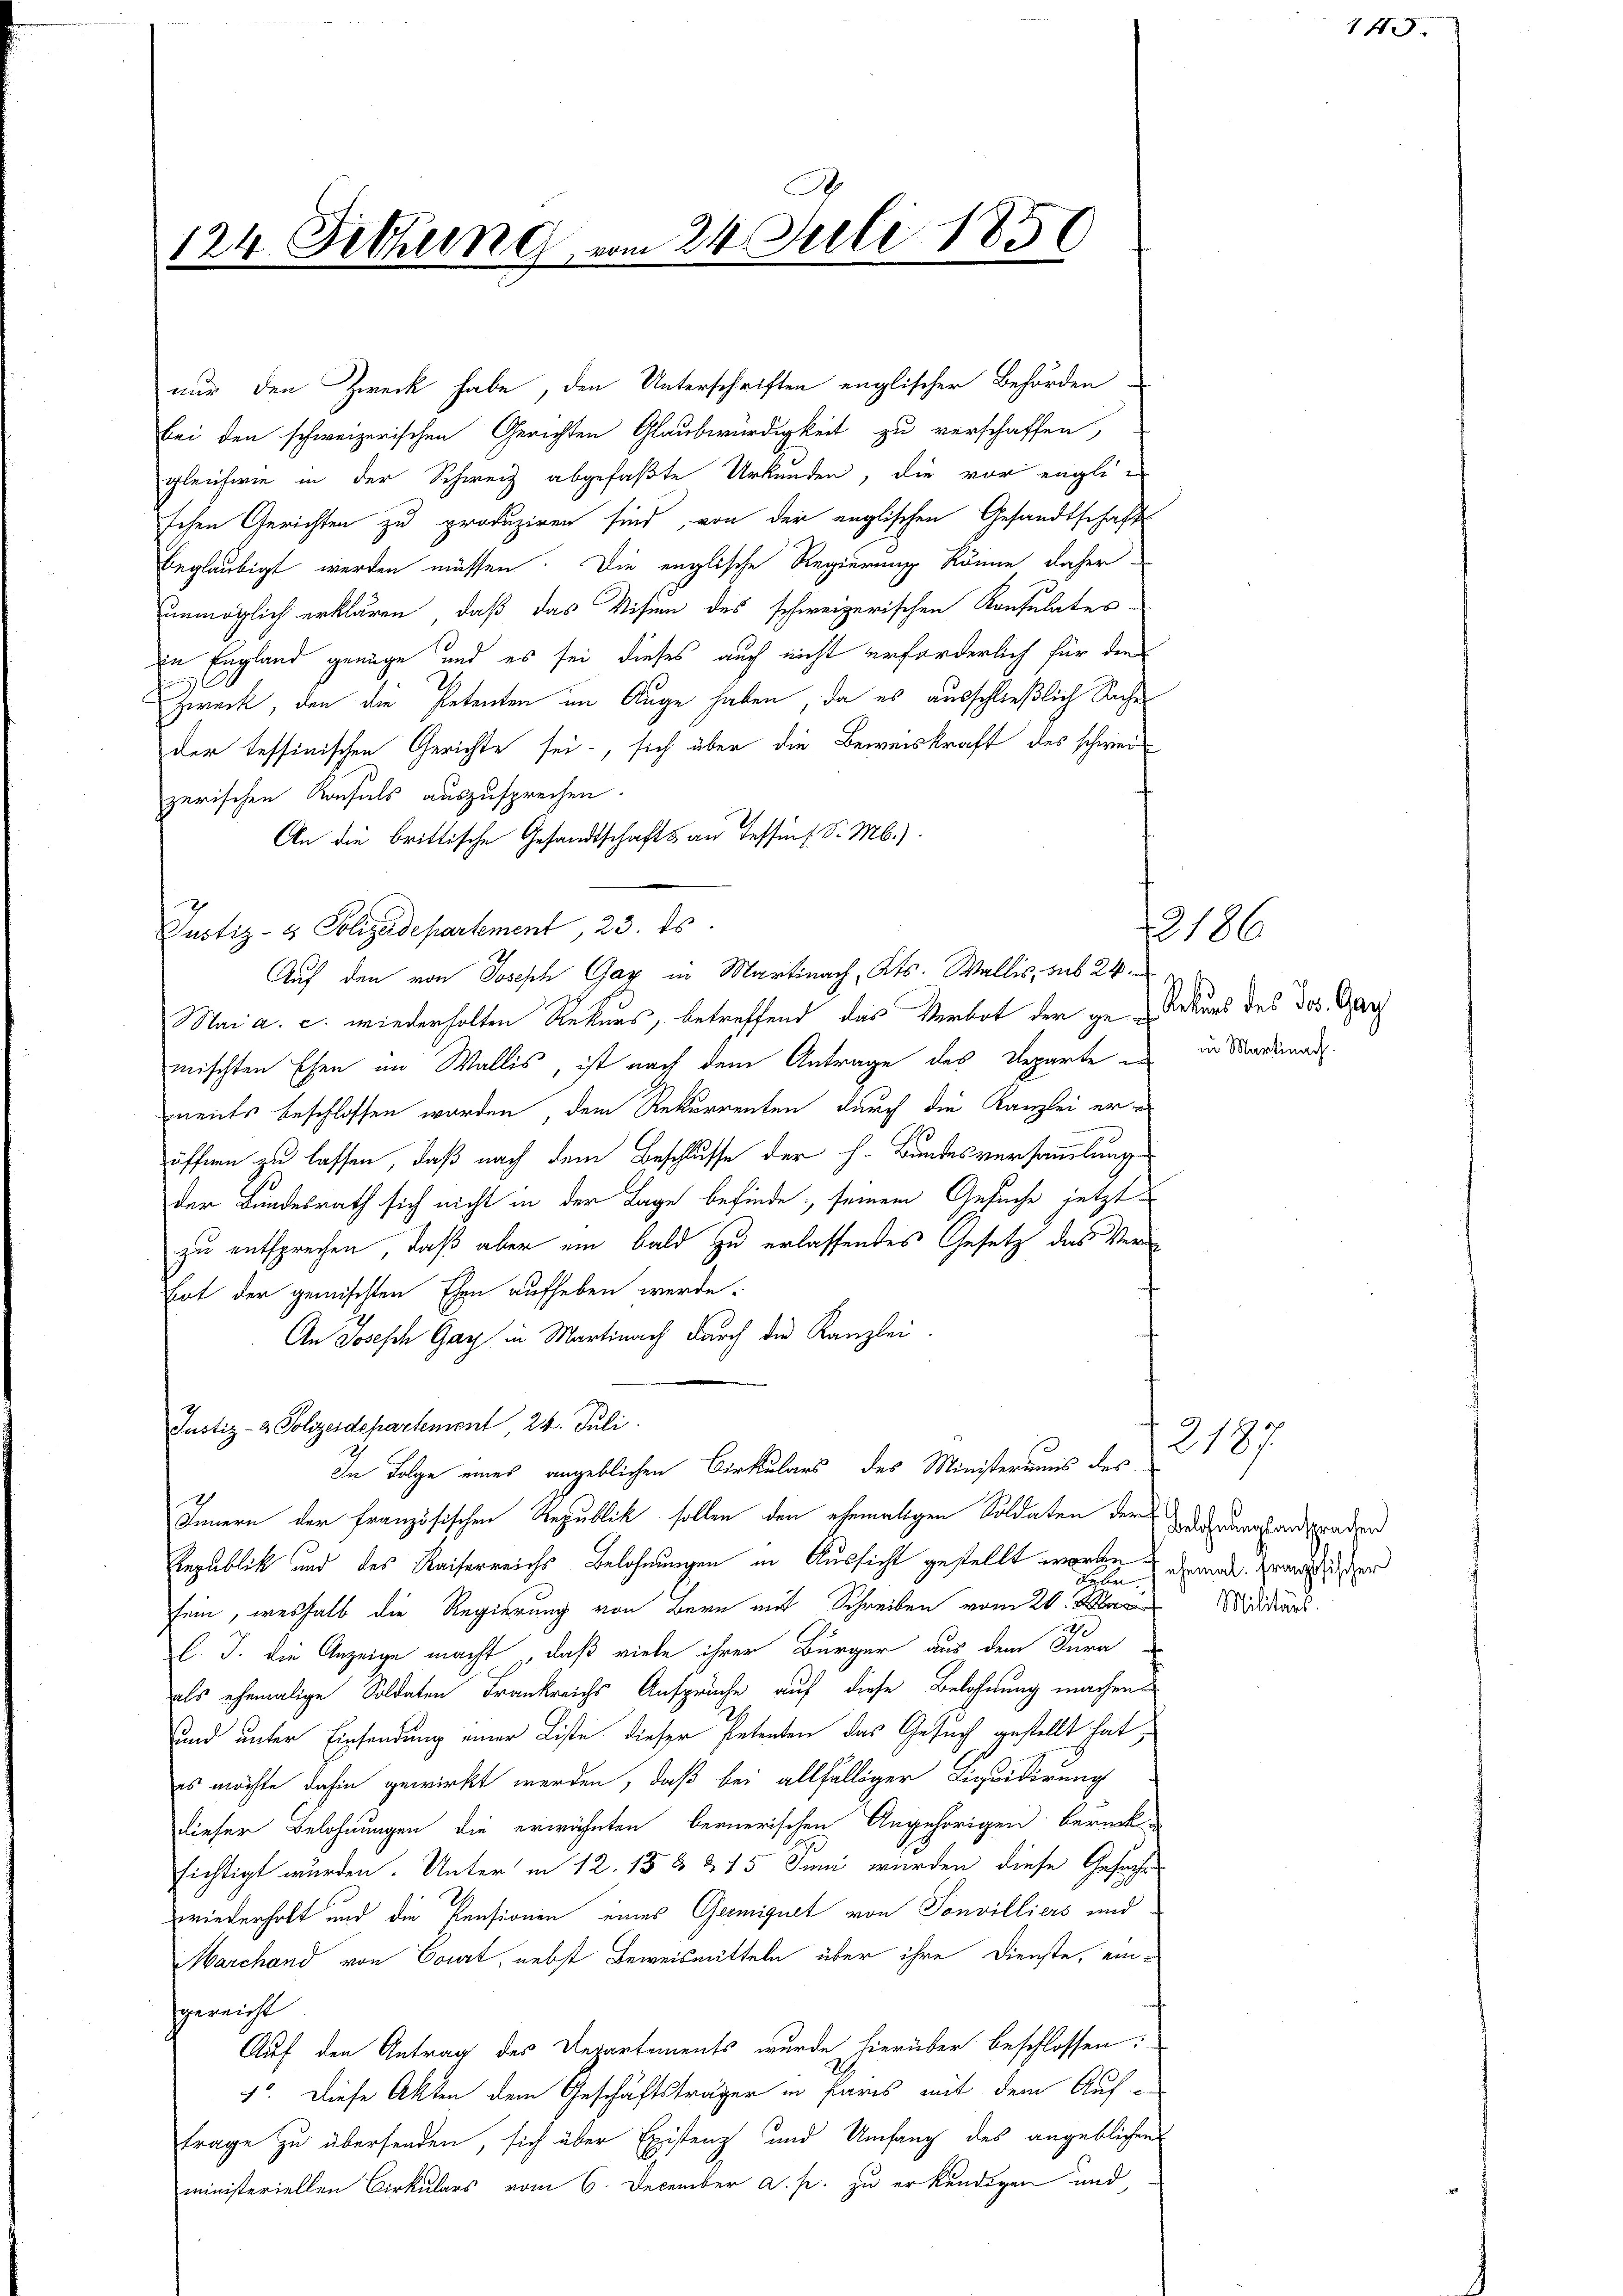
124. Setzung vom 24. Juli 1850

nur den Zweck habe, den Unterschriften englischer Behörden
bei den schweizerischen Gerichten Glaubwürdigkeit zu verschaffen,
gleichwie in der Schweiz abgefaßte Urkunden, die vor englischen Gerichten zu produziren sind, von der englischen Gesandtschafts
beglaubigt werden müssen. Die englische Regierung könne daher
unmöglich erklären, daß das Visum des schweizerischen Konsulates
in England genüge und es sei dieses auch nicht erforderlich für dem
Zweck, den die Petenten im Auge haben, da es ausschließlich Sache
der tessinischen Gerichte sei, sich über die Beweiskraft des schwerzerischen Konsuls auszusprechen.
An die brittische Gesandtschafts an Tessin (S. M.).
Justiz- & Polizeidepartement, 23. ds.
Auf den von Joseph Gay in Martinach, Kts. Wallis, sub 24
Mai a. c. wiederholten Rekurs, betreffend das Verbot der ge- Rekurs des des Gar
mischten Ehen im Wallis, ist nach dem Antrage des Departe in in Markwar
nents beschlossen worden, dem Rekurrenten durch die Kanzlei eröffnen zu lassen, daß nach dem Beschlusse der h. Bundesversammlung
der Bundesrath sich nicht in der Lage befinde; seinem Ansuche jetzt
zu entsprechen, daß aber ein bald zu erlassendes Gesetz das Ver¬
Eint der gemischten Ehen aufheben werde.
An Joseph Gay in Martinach durch die Kanzlei-
Justiz- & Polizeidepartement 24. Juli.
In Folge eines angeblichen Cirkulars des Ministeriums des
Innern der Französischen Republik sollen den ehemaligen Soldaten der Dauerlangenden
Republik und des Kaiserreichs Belohnungen in Aussicht gestellt worden dernde. Ernst hier
Hallen
sein, weshalb die Regierung von Bern mit Schreiben vom 20. Mar
l. J. die Anzeige macht, daß viele ihrer Bürger aus dem Jura
als ehemalige Soldaten Frankreichs Ansprüche auf diese Belohnung machen
und unter Einsendung einer Liste dieser Petenten das Gesuch gestellt hat,
es möchte dahin gewirkt werden, daß bei allfälliger Liquidirung
dieser Belohnungen die erwähnten bernerischen Angehörigen berück-
sichtigt wurden. Unter in 12. 158 & 15 Juni wurden diese Gesuche
wiederholt und die Pensionen eines Germignet von Sonvilliers und
Marchand von Court, nebst Beweismitteln über ihre Dienste, einf
hgereicht
Auf den Antrag des Departements wurde hierüber beschlossen:
1o. Diese Akten dem Geschäftsträger in Paris mit dem Auf-
trage zu übersenden, sich über Existenz und Umfang des angeblichen
ministeriellen Cirkulars vom 6. December a. p. zu erkundigen und

186

2187
Militärs.

145.